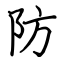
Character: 防